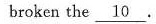
broken the \underline{10}.